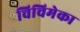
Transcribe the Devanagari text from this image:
चिचिमेका